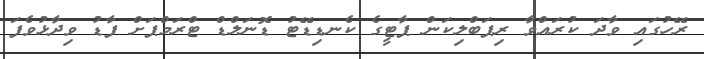
ރޭހުގައި ވާދަ ކުރައްވާ ރިޕަބްލިކަން ޕާޓީގެ ކެނޑިޑޭޓު ޑޮނަލްޑް ޓްރަމްޕަށް ފާޑު ވިދާޅުވެފަ